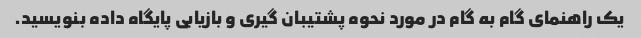
یک راهنمای گام به گام در مورد نحوه پشتیبان گیری و بازیابی پایگاه داده بنویسید.